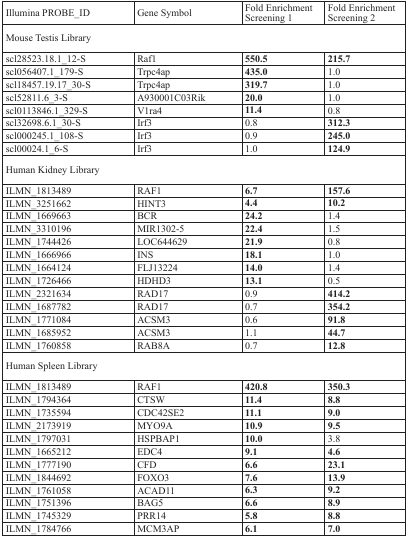
<table><thead><tr><td><b>Illumina PROBE_ID</b></td><td><b>Gene Symbol</b></td><td><b>Fold EnrichmentScreening 1</b></td><td><b>Fold EnrichmentScreening 2</b></td></tr></thead><tbody><tr><td colspan="4">Mouse Testis Library</td></tr><tr><td>scl28523.18.1_12-S</td><td>Raf1</td><td><b>550.5</b></td><td><b>215.7</b></td></tr><tr><td>scl056407.1_179-S</td><td>Trpc4ap</td><td><b>435.0</b></td><td>1.0</td></tr><tr><td>scl18457.19.17_30-S</td><td>Trpc4ap</td><td><b>319.7</b></td><td>1.0</td></tr><tr><td>scl52811.6_3-S</td><td>A930001C03Rik</td><td><b>20.0</b></td><td>1.0</td></tr><tr><td>scl0113846.1_329-S</td><td>V1ra4</td><td><b>11.4</b></td><td>0.8</td></tr><tr><td>scl32698.6.1_30-S</td><td>Irf3</td><td>0.8</td><td><b>312.3</b></td></tr><tr><td>scl000245.1_108-S</td><td>Irf3</td><td>0.9</td><td><b>245.0</b></td></tr><tr><td>scl00024.1_6-S</td><td>Irf3</td><td>1.0</td><td><b>124.9</b></td></tr><tr><td colspan="4">Human Kidney Library</td></tr><tr><td>ILMN_1813489</td><td>RAF1</td><td><b>6.7</b></td><td><b>157.6</b></td></tr><tr><td>ILMN_3251662</td><td>HINT3</td><td><b>4.4</b></td><td><b>10.2</b></td></tr><tr><td>ILMN_1669663</td><td>BCR</td><td><b>24.2</b></td><td>1.4</td></tr><tr><td>ILMN_3310196</td><td>MIR1302-5</td><td><b>22.4</b></td><td>1.5</td></tr><tr><td>ILMN_1744426</td><td>LOC644629</td><td><b>21.9</b></td><td>0.8</td></tr><tr><td>ILMN_1666966</td><td>INS</td><td><b>18.1</b></td><td>1.0</td></tr><tr><td>ILMN_1664124</td><td>FLJ13224</td><td><b>14.0</b></td><td>1.4</td></tr><tr><td>ILMN_1726466</td><td>HDHD3</td><td><b>13.1</b></td><td>0.5</td></tr><tr><td>ILMN_2321634</td><td>RAD17</td><td>0.9</td><td><b>414.2</b></td></tr><tr><td>ILMN_1687782</td><td>RAD17</td><td>0.7</td><td><b>354.2</b></td></tr><tr><td>ILMN_1771084</td><td>ACSM3</td><td>0.6</td><td><b>91.8</b></td></tr><tr><td>ILMN_1685952</td><td>ACSM3</td><td>1.1</td><td><b>44.7</b></td></tr><tr><td>ILMN_1760858</td><td>RAB8A</td><td>0.7</td><td><b>12.8</b></td></tr><tr><td colspan="4">Human Spleen Library</td></tr><tr><td>ILMN_1813489</td><td>RAF1</td><td><b>420.8</b></td><td><b>350.3</b></td></tr><tr><td>ILMN_1794364</td><td>CTSW</td><td><b>11.4</b></td><td><b>8.8</b></td></tr><tr><td>ILMN_1735594</td><td>CDC42SE2</td><td><b>11.1</b></td><td><b>9.0</b></td></tr><tr><td>ILMN_2173919</td><td>MYO9A</td><td><b>10.9</b></td><td><b>9.5</b></td></tr><tr><td>ILMN_1797031</td><td>HSPBAP1</td><td><b>10.0</b></td><td>3.8</td></tr><tr><td>ILMN_1665212</td><td>EDC4</td><td><b>9.1</b></td><td><b>4.6</b></td></tr><tr><td>ILMN_1777190</td><td>CFD</td><td><b>6.6</b></td><td><b>23.1</b></td></tr><tr><td>ILMN_1844692</td><td>FOXO3</td><td><b>7.6</b></td><td><b>13.9</b></td></tr><tr><td>ILMN_1761058</td><td>ACAD11</td><td><b>6.3</b></td><td><b>9.2</b></td></tr><tr><td>ILMN_1751396</td><td>BAG5</td><td><b>6.6</b></td><td><b>8.9</b></td></tr><tr><td>ILMN_1745329</td><td>PRR14</td><td><b>5.8</b></td><td><b>8.8</b></td></tr><tr><td>ILMN_1784766</td><td>MCM3AP</td><td><b>6.1</b></td><td><b>7.0</b></td></tr></tbody></table>